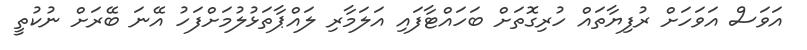
އަވަސް އަވަހަށް ރުފިޔާތައް ހުރިގޮތަށް ބަހައްޓާފައި އަލަމާރި ލައްޕާތަޅުލުމަށްފަހު އޭނަ ބޭރަށް ނުކުތީ